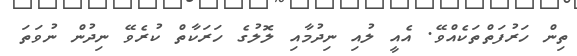
ތިން ހަރުފަތްތަކެއްވޭ. އެއީ ލުއި ނިދުމާއި ލޮލުގެ ހަރަކާތް ކުރެވޭ ނިދުން ނުވަތަ